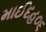
માઈદહ૦૬